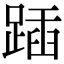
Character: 𨂵